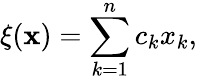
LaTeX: \xi(\mathbf{x})=\sum_{k=1}^{n}c_{k}x_{k},